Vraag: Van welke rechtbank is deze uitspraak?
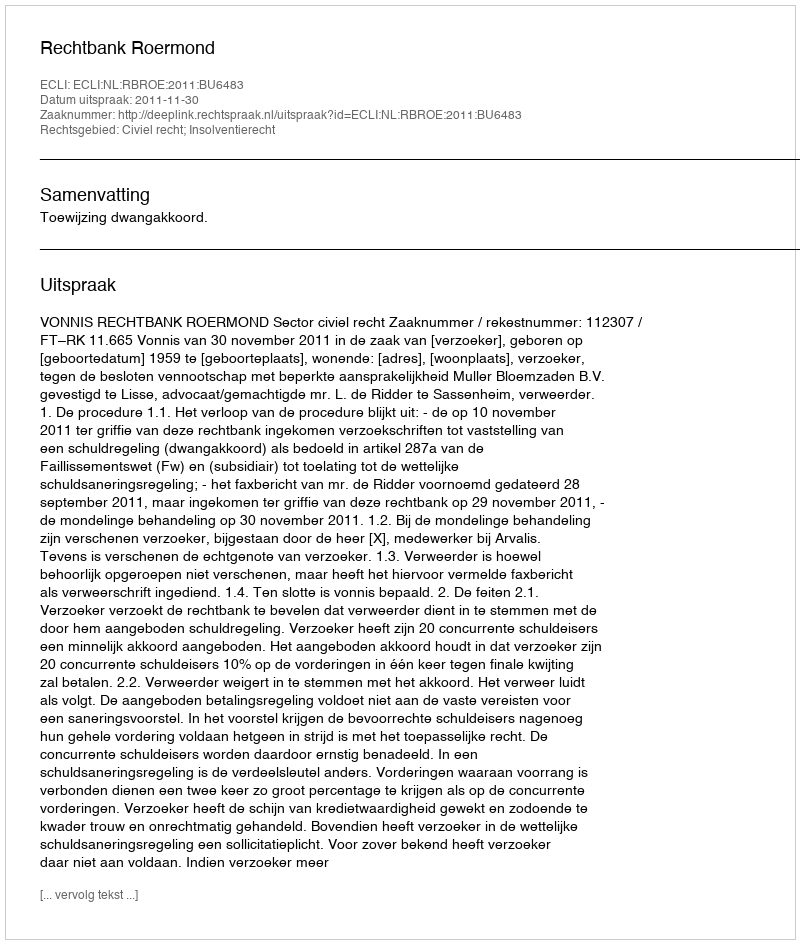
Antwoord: Rechtbank Roermond